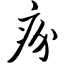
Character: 疥